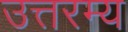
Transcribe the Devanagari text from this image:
उत्तरम्य